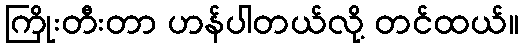
ကြိုးတီးတာ ဟန်ပါတယ်လို့ တင်ထယ်။